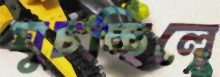
ঘুচচ্ছিলে